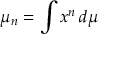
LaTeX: \mu _ { n } = \int x ^ { n } \, d \mu